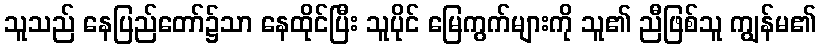
သူသည် နေပြည်တော်၌သာ နေထိုင်ပြီး သူပိုင် မြေကွက်များကို သူ၏ ညီဖြစ်သူ ကျွန်မ၏